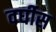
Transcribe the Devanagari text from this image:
वर्घीस